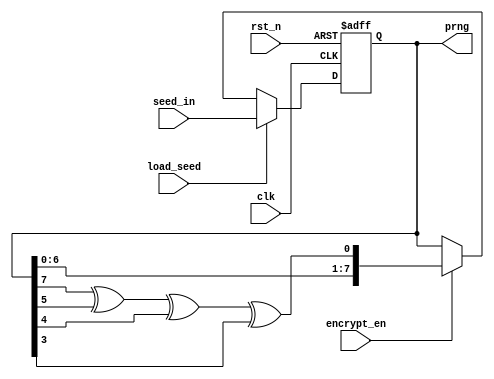
module prng(input rst_n,
            input clk,
            input load_seed,
            input [7:0] seed_in,
            input encrypt_en,
			output reg [7:0] prng);
				
    localparam SEED = 8'hCD; // default value for the SEED
	
	wire feedback;	
	assign feedback = prng[7] ^ prng[5] ^ prng[4] ^ prng[3];
	
	always @(posedge clk or negedge rst_n)
	begin
	    if(!rst_n)
		    prng <= SEED;
        else if (load_seed == 1'b1)
            prng <= seed_in;
	    else if (encrypt_en)
            prng <= {prng[6:0],feedback};	
	end

endmodule


module top_encrypt(input rst_n,
            input clk,
            input load_seed,
            input [7:0] seed_in,
            input encrypt_en,
            input [7:0] data_in,
		    output reg [7:0] data_out);
            
	reg encrypt_en_dly;
	reg [7:0] data_in_dly;
	wire [7:0] prng;

	prng   PRNG(.rst_n     (rst_n     ),
				.clk       (clk       ),
				.load_seed (load_seed ),
				.seed_in   (seed_in   ),
				.encrypt_en(encrypt_en),
				.prng      (prng      )
				);

	// Buffer encrypt_en
	always @(posedge clk or negedge rst_n)
	begin
	   if(!rst_n) begin
		  encrypt_en_dly <=0;
		  data_in_dly    <=0;
	   end else begin
		  encrypt_en_dly   <= encrypt_en;
		  data_in_dly[7:0] <= data_in[7:0];
	   end
	end

	// Encrypt or decrypt the data
	always @(posedge clk or negedge rst_n)
	begin
	    if(!rst_n)
		    data_out <=0;
	    else if (encrypt_en_dly)
		    data_out[7:0] <= prng[7:0] ^ data_in_dly[7:0];
	end

endmodule


module top_encrypt_golden(input rst_n,
            input clk,
            input load_seed,
            input [7:0] seed_in,
            input encrypt_en,
            input [7:0] data_in,
		    output reg [7:0] data_out);
       
    localparam SEED = 8'hCD; // default value for the SEED
	   
	reg encrypt_en_dly;
	reg [7:0] data_in_dly;
    reg [7:0] prng;
	
    function [7:0] poly(input[7:0] data_in);
	    reg feedback;
		begin
			feedback = data_in[7] ^ data_in[5] ^ data_in[4] ^ data_in[3];	    
			poly = {data_in[6:0], feedback};
		end
    endfunction 

	always @(posedge clk or negedge rst_n)
	begin
	    if(!rst_n)
		    prng <= SEED;
        else if (load_seed == 1'b1)
            prng <= seed_in;
	    else if (encrypt_en)
            prng <= poly(prng);	
	end

	// Buffer encrypt_en
	always @(posedge clk or negedge rst_n)
	begin
	   if(!rst_n) begin
		  encrypt_en_dly <=0;
		  data_in_dly    <=0;
		  data_out       <=0;
	   end else begin
		  encrypt_en_dly   <= encrypt_en;
		  data_in_dly[7:0] <= data_in[7:0];
		  if (encrypt_en_dly)
		      data_out[7:0] <= prng [7:0] ^ data_in_dly[7:0];
	   end
	end

endmodule